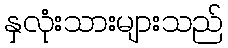
နှလုံးသားများသည်